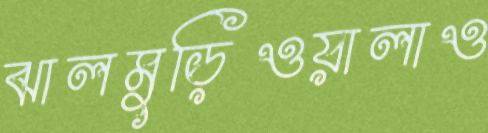
ঝালমুড়িওয়ালাও